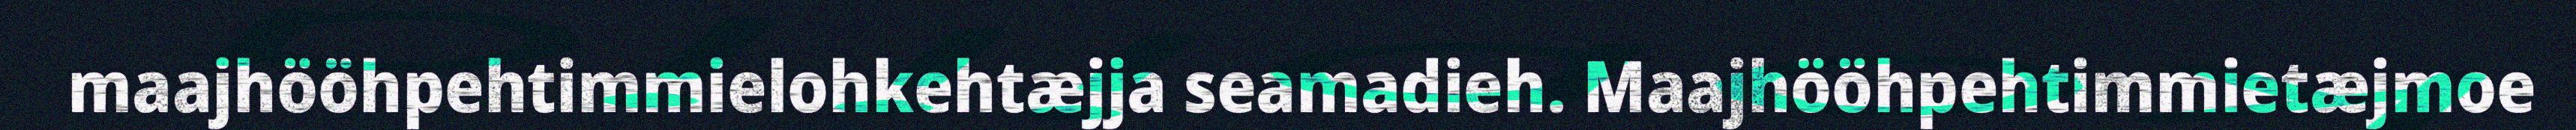
maajhööhpehtimmielohkehtæjja seamadieh. Maajhööhpehtimmietæjmoe